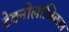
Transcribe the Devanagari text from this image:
टेक्नोलॉजिकल